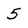
Character: 5